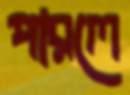
পারলে